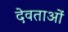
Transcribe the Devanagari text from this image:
देवताओं